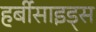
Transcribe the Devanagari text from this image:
हर्बीसाइड्स